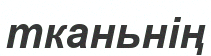
тканьнің